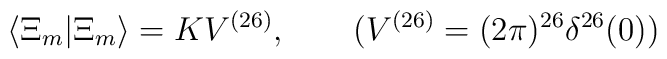
\langle\Xi_m|\Xi_m\rangle=KV^{(26)}, \qquad (V^{(26)}=(2\pi)^{26}\delta^{26}(0))